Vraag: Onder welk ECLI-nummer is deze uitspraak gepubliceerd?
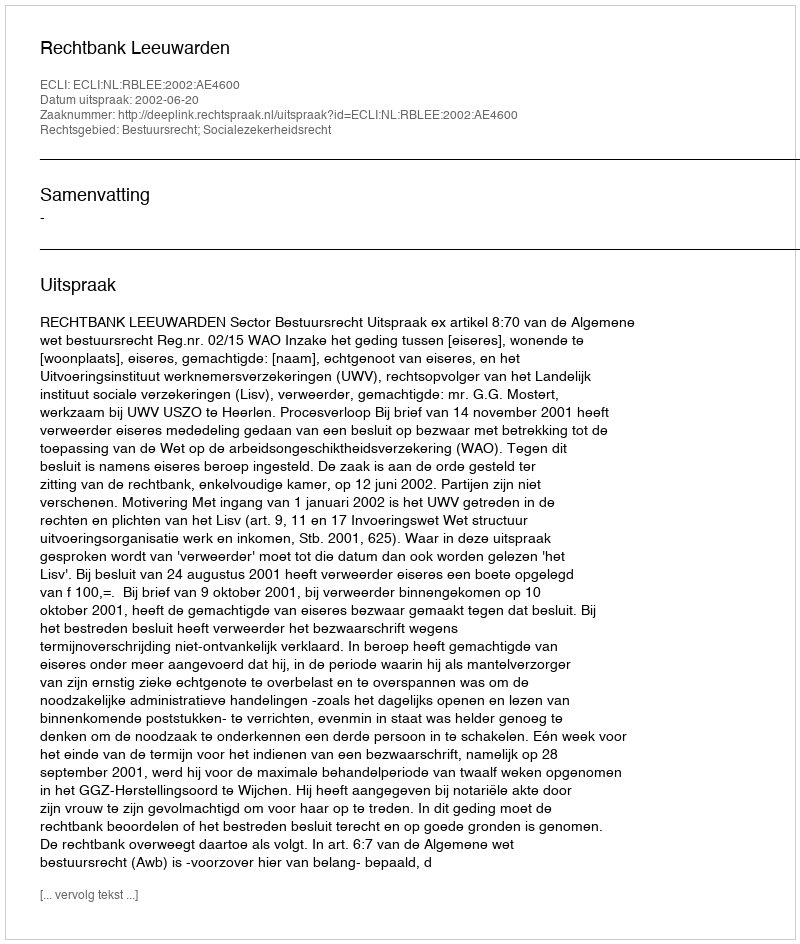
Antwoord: ECLI:NL:RBLEE:2002:AE4600